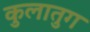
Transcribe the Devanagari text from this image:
कुलातुग